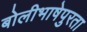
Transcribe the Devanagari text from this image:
बोलीभाषेपुरता